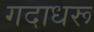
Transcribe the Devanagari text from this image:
गदाधरू